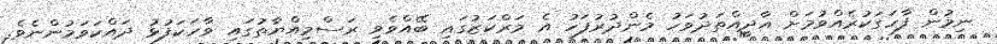
ނިމުން ފާހަގަކުރެއްވުމަށް އާދީއްތަދުވަހު މެންދުރުފަހު އެ މަރްކަޒުގައި ބޭއްވެވި ރަސްމިއްޔާތުގައި ވާހަކަފުޅު ދައްކަވަމުންނެވެ.